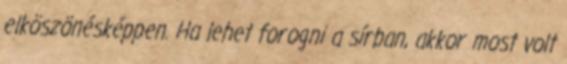
elköszönésképpen. Ha lehet forogni a sírban, akkor most volt